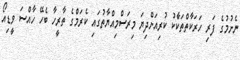
ނެށުމުގެ ފަރި ހަރަކާތްތަކާެކު ކުރިއަށްދިޔަ މިރަސްމިއްޔާތުގައި ކެރަމްގެ ތާރީހާ ބެހޭ ހާއްސަ ވީޑިއޯ